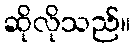
ဆိုလိုသည်။